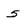
Character: 5